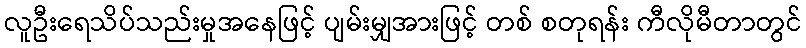
လူဦးရေသိပ်သည်းမှုအနေဖြင့် ပျမ်းမျှအားဖြင့် တစ် စတုရန်း ကီလိုမီတာတွင်